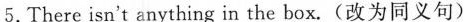
5.There isn't anything in the box.(改为同义句)